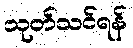
သုတ်သင်ရန်